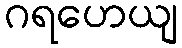
ဂရဟေယျ